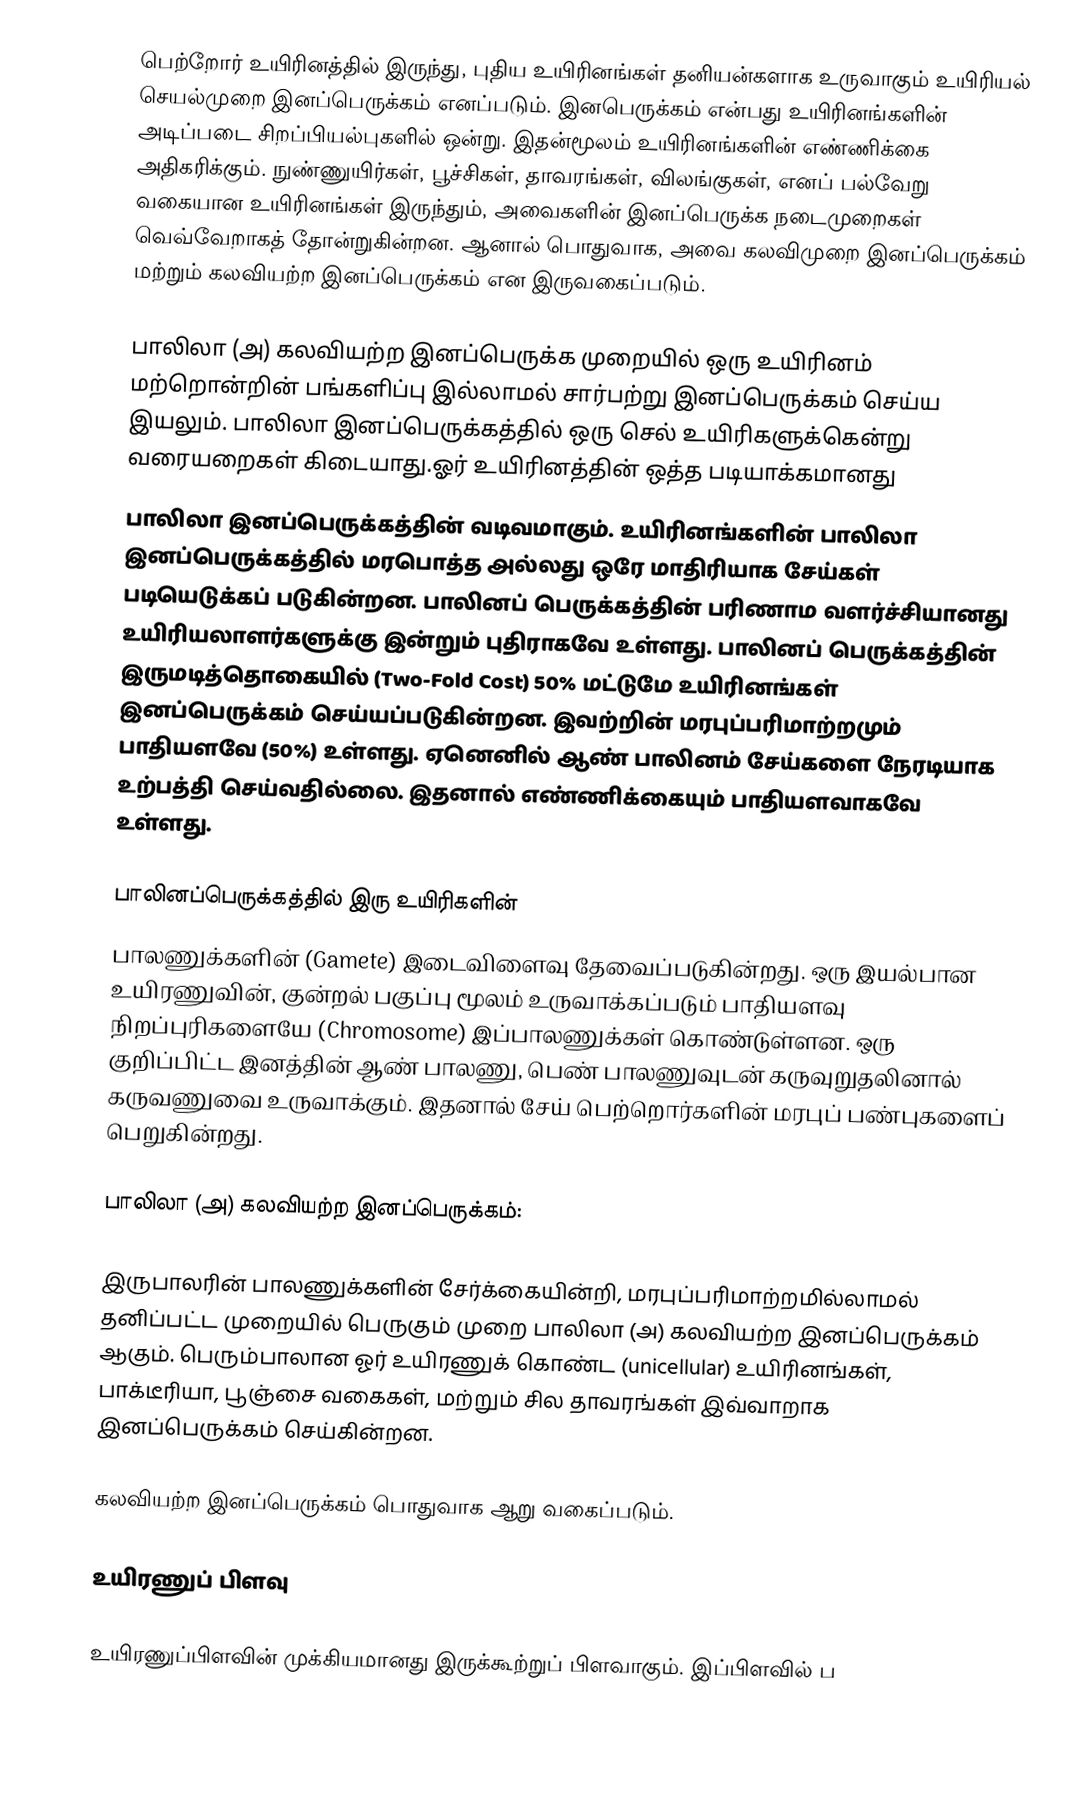
பெற்றோர் உயிரினத்தில் இருந்து, புதிய உயிரினங்கள் தனியன்களாக உருவாகும் உயிரியல் செயல்முறை இனப்பெருக்கம் எனப்படும். இனபெருக்கம் என்பது உயிரினங்களின் அடிப்படை சிறப்பியல்புகளில் ஒன்று. இதன்மூலம் உயிரினங்களின் எண்ணிக்கை அதிகரிக்கும். நுண்ணுயிர்கள், பூச்சிகள், தாவரங்கள், விலங்குகள்,  எனப் பல்வேறு வகையான உயிரினங்கள் இருந்தும், அவைகளின் இனப்பெருக்க நடைமுறைகள் வெவ்வேறாகத் தோன்றுகின்றன. ஆனால் பொதுவாக, அவை கலவிமுறை இனப்பெருக்கம் மற்றும் கலவியற்ற இனப்பெருக்கம் என இருவகைப்படும்.

பாலிலா (அ) கலவியற்ற இனப்பெருக்க முறையில் ஒரு உயிரினம் மற்றொன்றின் பங்களிப்பு இல்லாமல் சார்பற்று இனப்பெருக்கம் செய்ய இயலும். பாலிலா இனப்பெருக்கத்தில் ஒரு செல் உயிரிகளுக்கென்று வரையறைகள் கிடையாது.ஓர் உயிரினத்தின் ஒத்த படியாக்கமானது
பாலிலா இனப்பெருக்கத்தின் வடிவமாகும். உயிரினங்களின் பாலிலா இனப்பெருக்கத்தில் மரபொத்த அல்லது ஒரே மாதிரியாக சேய்கள் படியெடுக்கப் படுகின்றன. பாலினப் பெருக்கத்தின் பரிணாம வளர்ச்சியானது உயிரியலாளர்களுக்கு இன்றும் புதிராகவே உள்ளது. பாலினப் பெருக்கத்தின் இருமடித்தொகையில் (Two-Fold Cost) 50% மட்டுமே உயிரினங்கள் இனப்பெருக்கம் செய்யப்படுகின்றன. இவற்றின் மரபுப்பரிமாற்றமும் பாதியளவே (50%) உள்ளது. ஏனெனில் ஆண் பாலினம் சேய்களை நேரடியாக உற்பத்தி செய்வதில்லை. இதனால் எண்ணிக்கையும் பாதியளவாகவே உள்ளது.

பாலினப்பெருக்கத்தில் இரு உயிரிகளின்
பாலணுக்களின் (Gamete) இடைவிளைவு தேவைப்படுகின்றது. ஒரு இயல்பான உயிரணுவின், குன்றல் பகுப்பு மூலம் உருவாக்கப்படும் பாதியளவு நிறப்புரிகளையே (Chromosome) இப்பாலணுக்கள் கொண்டுள்ளன. ஒரு குறிப்பிட்ட இனத்தின் ஆண் பாலணு, பெண் பாலணுவுடன் கருவுறுதலினால் கருவணுவை உருவாக்கும். இதனால் சேய் பெற்றொர்களின் மரபுப் பண்புகளைப் பெறுகின்றது.

பாலிலா (அ) கலவியற்ற இனப்பெருக்கம்:

இருபாலரின் பாலணுக்களின் சேர்க்கையின்றி, மரபுப்பரிமாற்றமில்லாமல் தனிப்பட்ட முறையில் பெருகும் முறை பாலிலா (அ) கலவியற்ற இனப்பெருக்கம் ஆகும். பெரும்பாலான ஓர் உயிரணுக் கொண்ட (unicellular) உயிரினங்கள், பாக்டீரியா, பூஞ்சை வகைகள், மற்றும் சில தாவரங்கள் இவ்வாறாக இனப்பெருக்கம் செய்கின்றன.

கலவியற்ற இனப்பெருக்கம் பொதுவாக ஆறு வகைப்படும்.

உயிரணுப் பிளவு

உயிரணுப்பிளவின் முக்கியமானது இருக்கூற்றுப் பிளவாகும். இப்பிளவில் ப